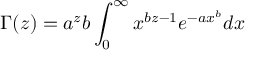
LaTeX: \Gamma ( z ) = a ^ { z } b \int _ { 0 } ^ { \infty } x ^ { b z - 1 } e ^ { - a x ^ { b } } d x